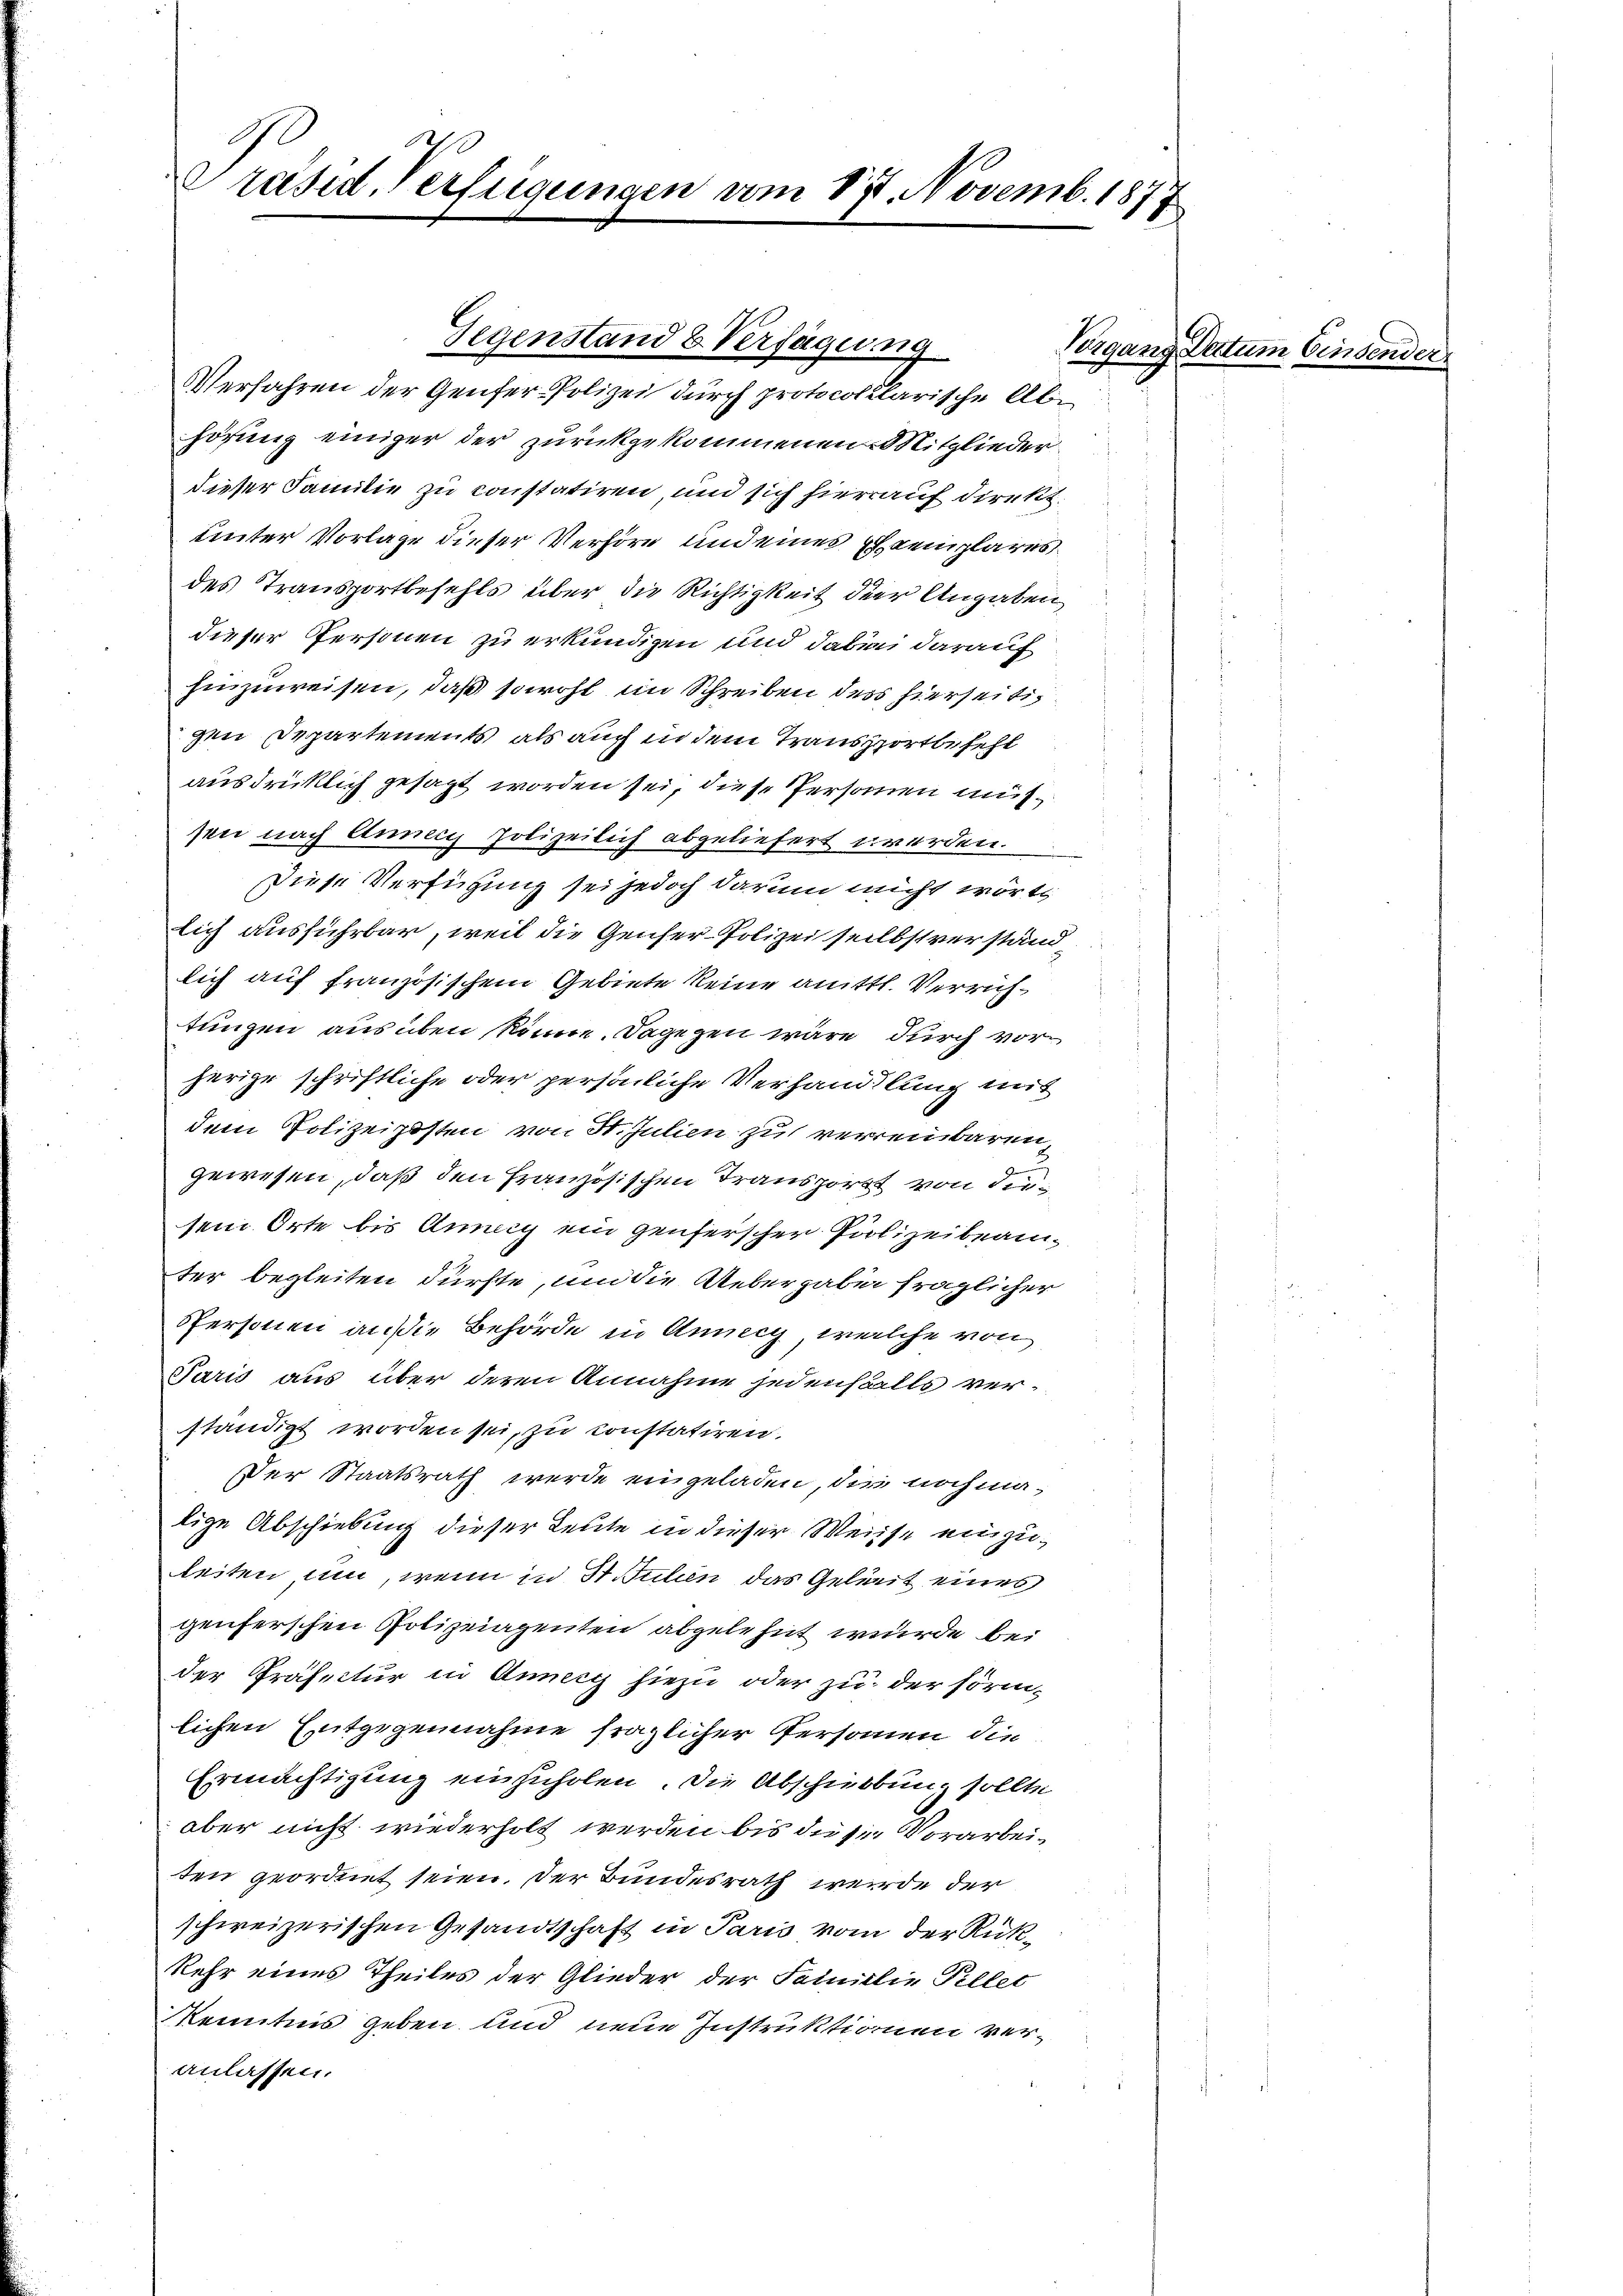
Präsid. Verfügungen vom 17. Novemb. 1877

Verfahren der Genfer-Polizei durch protocollarische Abhörung einiger der zurückgekommenen Mitglieder
dieser Familie zu constatiren, und sich hierauf direkt.
unter Vorlage dieser Verhöre und eines Exemplares
des Transportbefehls über die Richtigkeit der Angaben,
dieser Personen zu erkundigen und dabei darauf
hinzuweisen, daß sowohl im Schreiben ders hierseitigen Departements, als auch in dem Transportbefehl
ausdrücklich gesagt worden sei, diese Personen müssen nach Einner Polizeilich abgeliefert werden.
Diese Verfügung sei jedoch darum nicht wört
lich ausführbar, weil die Genfer-Polizei selbstverständlich auf französischem Gebiete keine mittl. Verrichtungen ausüben könne. Dagegen wäre durch vorherige schriftliche oder persönliche Verhandlung mit
dem Polizeiposten von St. Julien zu verreinbaren
kennen
gewesen, daß den Französischen Transport von diesein Orte bis Annay ein Genferscher Polizeibeamter begleiten dürfte, um die Uebergaben fraglicher
spersonen an sie Behörde in Annecy, welche von
Paris aus über deren Annahme jedenfalls verständigt worden sei, zu constatiren.
Der Staatsrath werde eingeladen, die nochmalige Abschiebung dieser Leute in dieser Weisse einzuleiten und, wenn in St. Julien das Geleit eines
genferschen Polizeiagenten abgelehnt wurde bei
der Präfectur in Annery hiezu oder zu der förmlichen Entgegennahme fraglicher Personen die
Ermächtigung einzuholen. Die Abschiebung sollte
aber nicht wiederholt werden bis die sie Vorarbeiten geordnet seien. Der Bundesrath werde der
schweizerischen Gesandtschaft in Paris vom der Rükkehr eines Theiles der Glieder der Familie Piller
kenntnis geben und neue Instruktionien veranlassen.

Gegenstand & Verfügung

Vorgang Datum Einsender